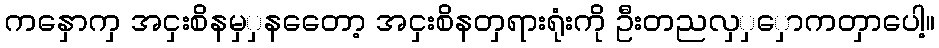
ကနှောကှ အငှးစိနမှှနတေော့ အငှးစိနတှရားရုံးကို ဦးတညလှှှောကတှာပေါ့။